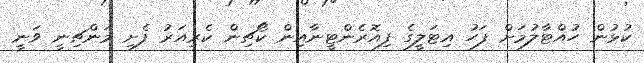
ކުޅުން ހުއްޓާލުމަށް ފަހު އިޓަލީގެ ފިއޮރެންޓީނާއިން ކޯޗިން ކެރިއަރު ފެށި މަންޗިނީ ވަނީ